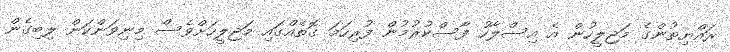
ރައްޔިތުންގެ މަޖިލީހުން އެ އިސްލާހު ފާސްކުރުމުން ފުރިހަމަ ގޮތެއްގައި މަޖިލީހަށްވެސް މިނިވަންކަން ލިބިގެން